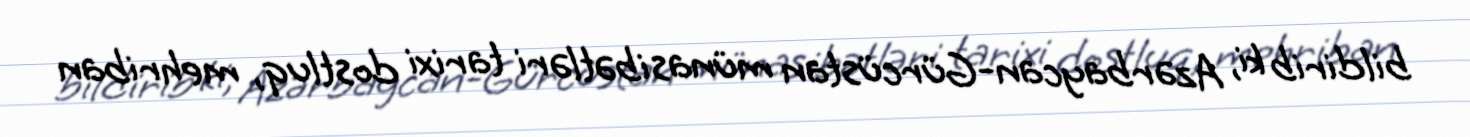
bildirib ki, Azərbaycan-Gürcüstan münasibətləri tarixi dostluq, mehriban